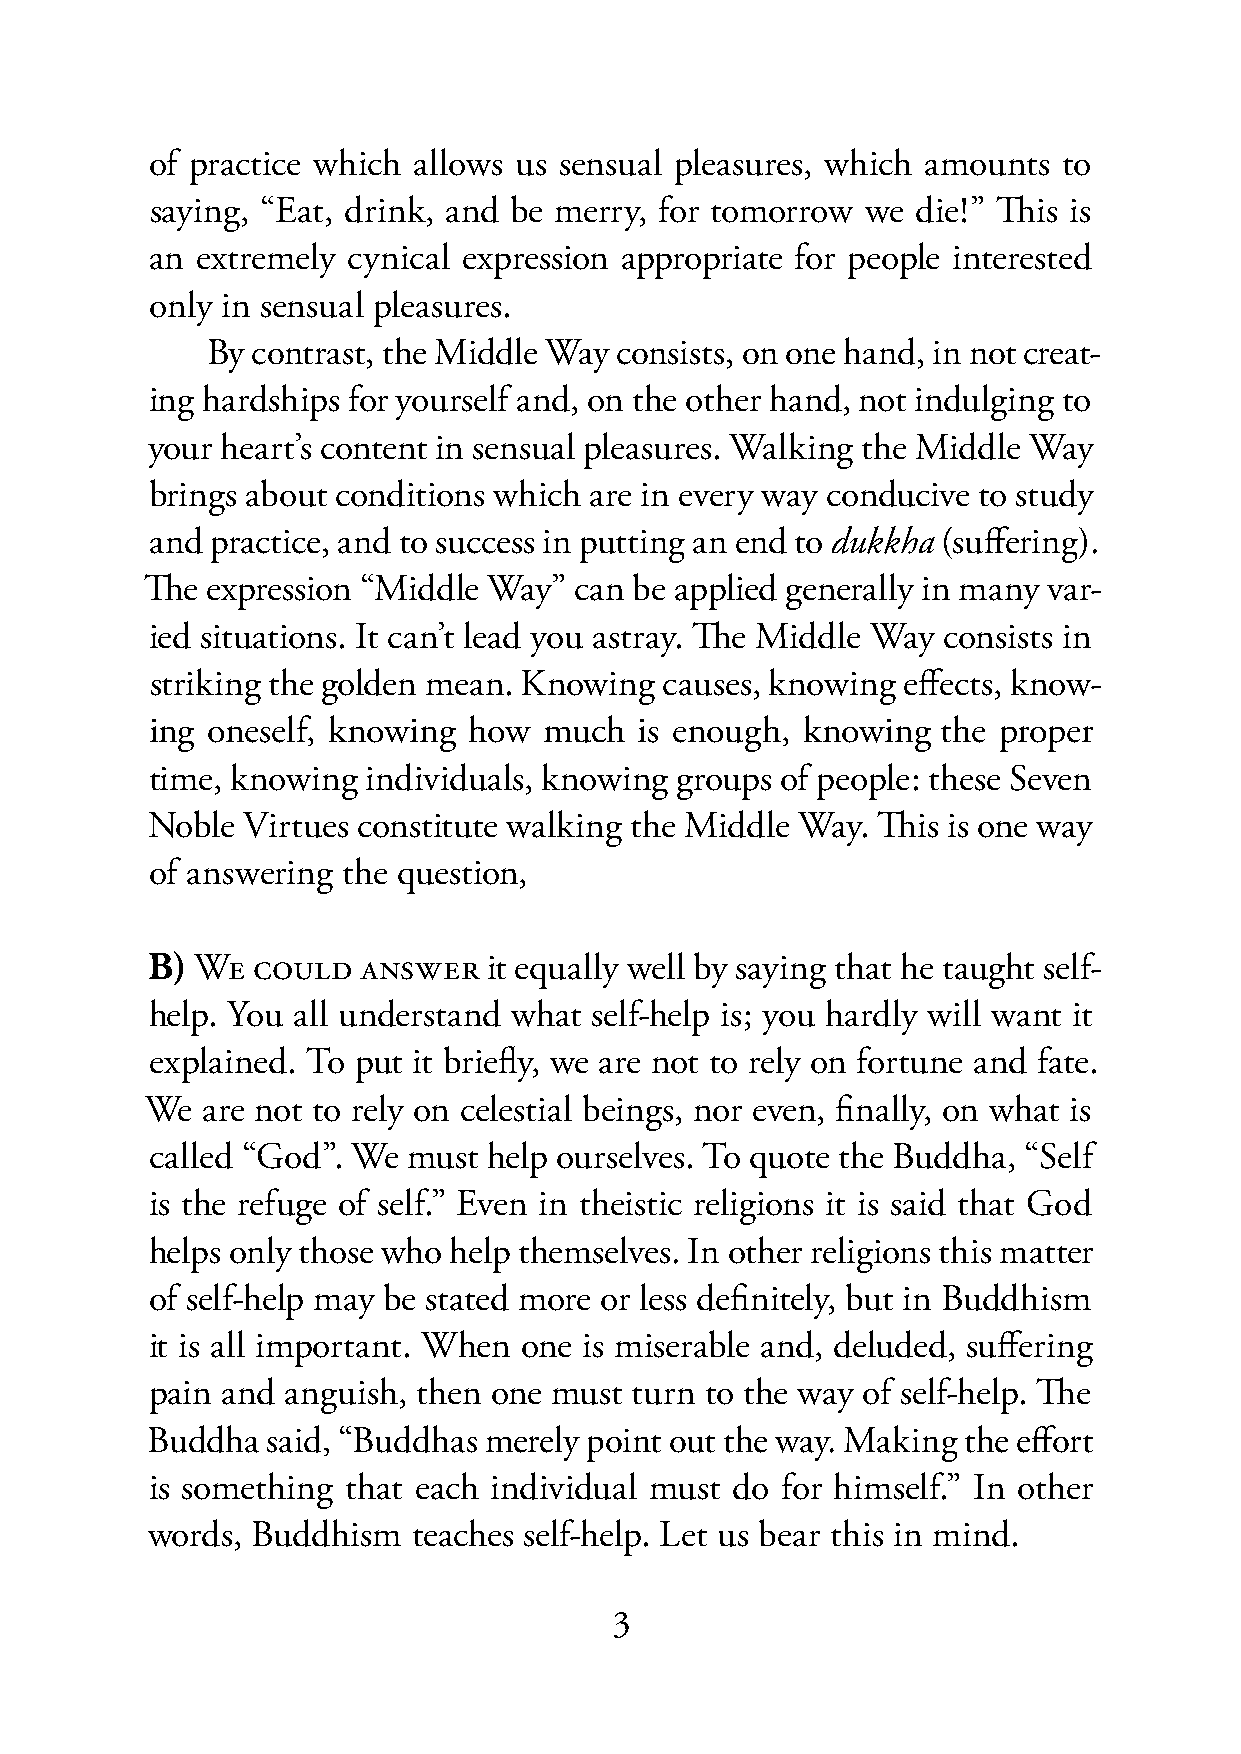
of practice which allows us sensual pleasures, which amounts to
 saying, “Eat, drink, and be merry, for tomorrow we die!” This is
 an extremely cynical expression appropriate for people interested
 only in sensual pleasures.
 By contrast, the Middle Way consists, on one hand, in not creat-
 ing hardships for yourself and, on the other hand, not indulging to
 your heart’s content in sensual pleasures. Walking the Middle Way
 brings about conditions which are in every way conducive to study
 and practice, and to success in putting an end to dukkha (suffering).
 The expression “Middle Way” can be applied generally in many var-
 ied situations. It can’t lead you astray. The Middle Way consists in
 striking the golden mean. Knowing causes, knowing effects, know-
 ing oneself, knowing how  much  is enough, knowing  the proper
 time, knowing individuals, knowing groups of people: these Seven
 Noble Virtues constitute walking the Middle Way. This is one way
 of answering the question,
 B) WE  COULD  ANSWER  it equally well by saying that he taught self-
 help. You all understand what self-help is; you hardly will want it
 explained. To put it briefly, we are not to rely on fortune and fate.
 We are not to rely on celestial beings, nor even, finally, on what is
 called “God”. We must help ourselves. To quote the Buddha, “Self
 is the refuge of self.” Even in theistic religions it is said that God
 helps only those who help themselves. In other religions this matter
 of self-help may be stated more or less definitely, but in Buddhism
 it is all important. When one is miserable and, deluded, suffering
 pain and anguish, then one must turn to the way of self-help. The
 Buddha  said, “Buddhas merely point out the way. Making the effort
 is something that each individual must do for himself.” In other
 words, Buddhism  teaches self-help. Let us bear this in mind.
 3